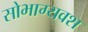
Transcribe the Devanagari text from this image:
सोभाग्यवश